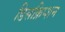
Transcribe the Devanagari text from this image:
डिसक्रिप्शन